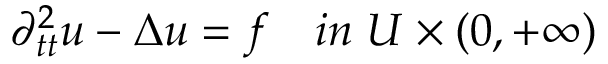
\begin{array} { r } { \partial _ { t t } ^ { 2 } u - \Delta u = f \quad i n \; U \times ( 0 , + \infty ) } \end{array}